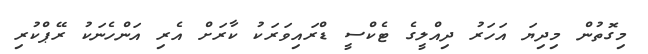
މިގޮތުން މިދިޔަ އަހަރު ދިއްލީގެ ޓެކްސީ ޑްރައިވަރަކު ކާރަށް އެރި އަންހެނަކު ރޭޕްކުރި